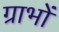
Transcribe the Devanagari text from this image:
ग्राभों